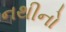
નથીનો